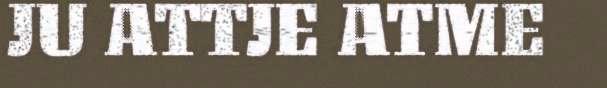
JU ATTJE ATME